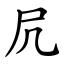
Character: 凥